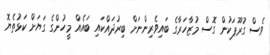
ވެސް ގުރޫޕަކުން ގޮސް މުޒާހަރާގެ ބައިވެރިންނަށް ބިރުދައްކައި ބައެއް މީހުންގެ ގަޔަށް ކަޅުތެޔޮ